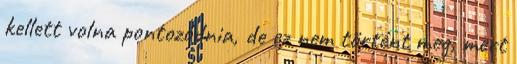
kellett volna pontozódnia, de ez nem történt meg, mert